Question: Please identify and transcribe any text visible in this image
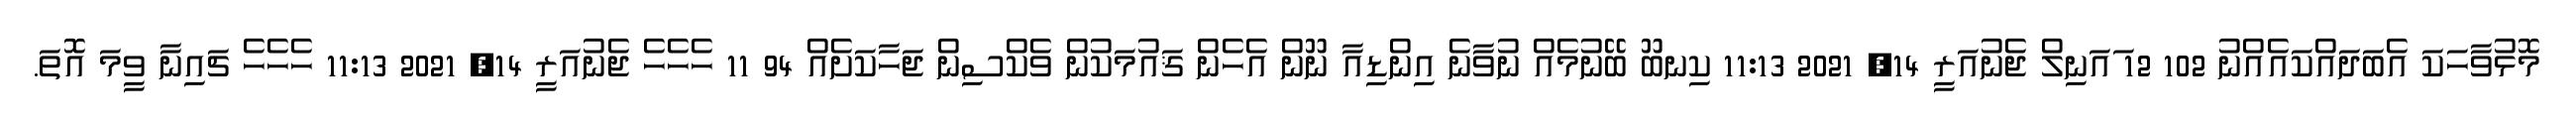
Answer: މޮޅުވާހަކަ އެބަދައްކައެއްނު 102 12 ައަނިލް ޖެނުއަރީ 14, 2021 11:13 ކިނބޫ ބޭނުމެއް ނުވާނެ އިންޑިއާ ނޫން އެހެން ޤައުމަކުން ވެކްސިން ޖަހާކަށެއް 94 11 ހެހެހެ ޖެނުއަރީ 14, 2021 11:13 ހެހެހެ ޗައިނާ ވީމަ އޮތަ.